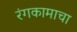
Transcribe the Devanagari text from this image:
रंगकामाचा